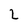
Character: 2